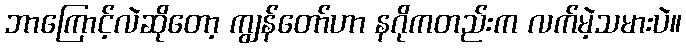
ဘာကြောင့်လဲဆိုတော့ ကျွန်တော်ဟာ နဂိုကတည်းက လက်မဲ့သမားပဲ။